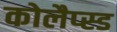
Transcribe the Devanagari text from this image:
कोलैप्स्ड